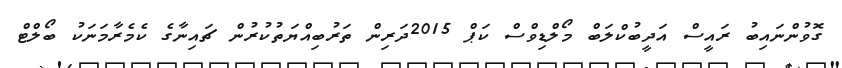
ގޮވުންނައިބު ރައީސް އަދީބުކްލަބް މޯލްޑިވްސް ކަޕް 2015ދަރިން ތަރުބިއްޔަތުކުރުން ޗައިނާގެ ކެމެރާމަނަކު ބޯލްޓް